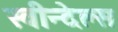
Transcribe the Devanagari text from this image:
स्वीन्देल्स